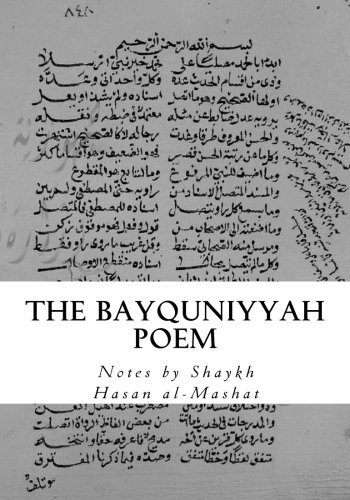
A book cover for The Bayquniyyah Poem: An Introduction to the Science of Hadith; Imam Bayquni; Religion & Spirituality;